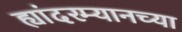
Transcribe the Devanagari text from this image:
ह्यांदरम्यानच्या